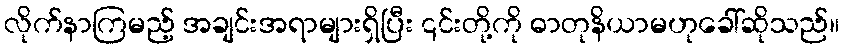
လိုက်နာကြမည့် အချင်းအရာများရှိပြီး ၎င်းတို့ကို ဓာတုနိယာမဟုခေါ်ဆိုသည်။